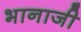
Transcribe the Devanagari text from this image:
भानाजी